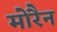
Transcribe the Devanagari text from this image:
मोरैन